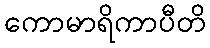
ကောမာရိကာပီတိ